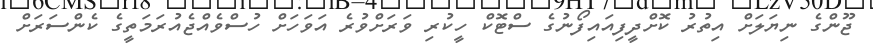
ޖޫންގެ ނިޔަލަށް އިތުރު ކޮށްދީފިއައިފޯނުގެ ސްޓޮކް ހީކުރި ވަރަށްވުރެ އަވަހަށް ހުސްވެއްޖެއުރަމަތީގެ ކެންސަރަށް